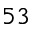
5 3